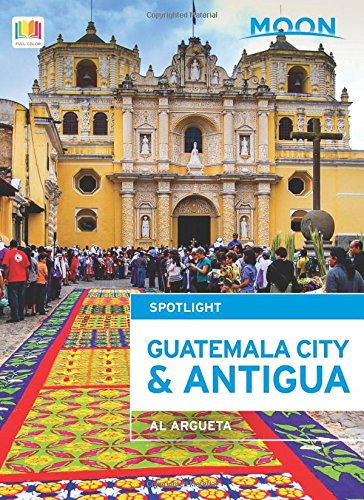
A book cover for Moon Spotlight Guatemala City & Antigua; Al Argueta; Travel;